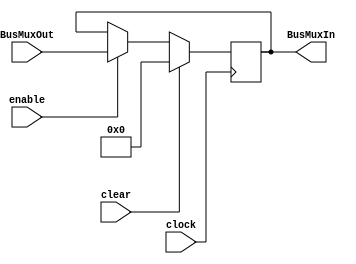
module register #(parameter DATA_WIDTH_IN = 32, DATA_WIDTH_OUT = 32, INIT = 32'h0)(
	input clear, clock, enable, 
	input [DATA_WIDTH_IN-1:0]BusMuxOut,
	output wire [DATA_WIDTH_OUT-1:0]BusMuxIn
);
reg [DATA_WIDTH_IN-1:0]q;
initial q = INIT;
always @ (posedge clock)
		begin 
			if (clear) begin
				q <= {DATA_WIDTH_IN{1'b0}};
			end
			else if (enable) begin
				q <= BusMuxOut;
			end
		end
	assign BusMuxIn = q[DATA_WIDTH_OUT-1:0];
endmodule